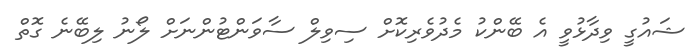
ޝައުގީ ވިދާޅުވީ އެ ބޭންކު މެދުވެރިކޮށް ސިވިލް ސާވަންޓުންނަށް ލޯނު ލިބޭނެ ގޮތް